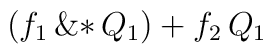
\left( \! \,{{f}_{1}}\,{\rm \&*}\,{{Q}_{1}}\, \!  \right)  + {{f}_{2}}\,{{Q}_{1}}